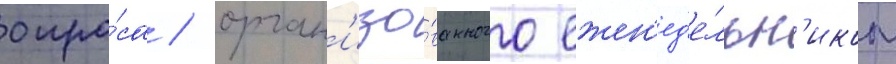
опро́са / орган'изо́ванного ежен'ед'е́льн'иком